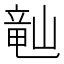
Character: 𬺘